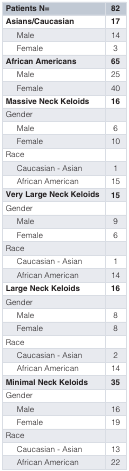
<table><thead><tr><td><b>Patients N=</b></td><td><b>82</b></td></tr></thead><tbody><tr><td><b>Asians/Caucasian</b></td><td><b>17</b></td></tr><tr><td>Male</td><td>14</td></tr><tr><td>Female</td><td>3</td></tr><tr><td><b>African Americans</b></td><td><b>65</b></td></tr><tr><td>Male</td><td>25</td></tr><tr><td>Female</td><td>40</td></tr><tr><td><b>Massive Neck Keloids</b></td><td><b>16</b></td></tr><tr><td>Gender</td><td></td></tr><tr><td>Male</td><td>6</td></tr><tr><td>Female</td><td>10</td></tr><tr><td>Race</td><td></td></tr><tr><td>Caucasian - Asian</td><td>1</td></tr><tr><td>African American </td><td>15</td></tr><tr><td><b>Very Large Neck Keloids</b></td><td><b>15</b></td></tr><tr><td>Gender</td><td></td></tr><tr><td>Male</td><td>9</td></tr><tr><td>Female</td><td>6</td></tr><tr><td>Race</td><td></td></tr><tr><td>Caucasian - Asian</td><td>1</td></tr><tr><td>African American </td><td>14</td></tr><tr><td><b>Large Neck Keloids</b></td><td><b>16</b></td></tr><tr><td>Gender</td><td></td></tr><tr><td>Male</td><td>8</td></tr><tr><td>Female</td><td>8</td></tr><tr><td>Race</td><td></td></tr><tr><td>Caucasian - Asian</td><td>2</td></tr><tr><td>African American </td><td>14</td></tr><tr><td><b>Minimal Neck Keloids</b></td><td><b>35</b></td></tr><tr><td>Gender</td><td></td></tr><tr><td>Male</td><td>16</td></tr><tr><td>Female</td><td>19</td></tr><tr><td>Race</td><td></td></tr><tr><td>Caucasian - Asian</td><td>13</td></tr><tr><td>African American </td><td>22</td></tr></tbody></table>